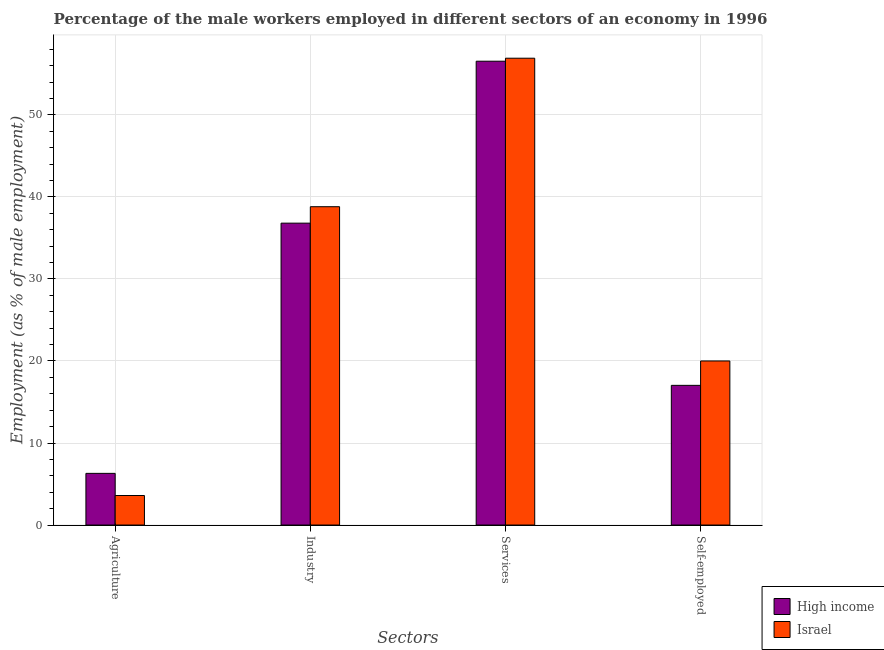
| Sectors | High income | Israel |
 | --- | --- | --- |
 | Agriculture | 6.3 | 3.6 |
 | Industry | 36.8 | 38.8 |
 | Services | 56.5 | 56.9 |
 | Self-employed | 17 | 20 |